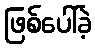
ဖြစ်ပေါ်ခဲ့